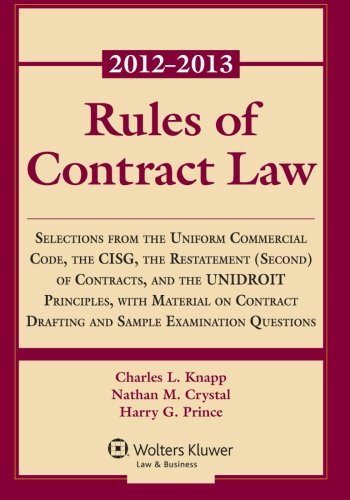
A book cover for Rules of Contract Law 2012-2013 Statutory Supplement; Charles L. Knapp; Law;